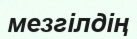
мезгілдің